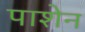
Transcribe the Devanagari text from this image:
पाशेन